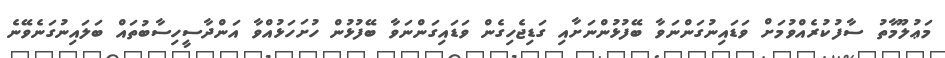
މަޢުލޫމާތު ސާފުކުރެއްވުމަށް ވަޑައިނުގަންނަވާ ބޭފުޅުންނަށާއި ގަޑިޖެހިގެން ވަޑައިގަންނަވާ ބޭފުޅުން ހުށަހަޅުއްވާ އަންދާސީހިސާބުތައް ބަލައިނުގަނެވޭނެ